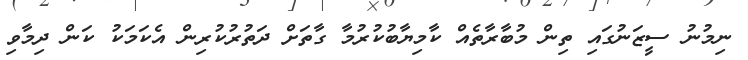
ނިމުނު ސީޒަނުގައި ތިން މުބާރާތެއް ކާމިޔާބުކުރުމާ ގާތަށް ދަތުރުކުރިން އެކަމަކު ކަން ދިމާވި